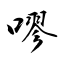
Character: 嘐